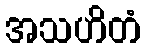
အသဟိတံ